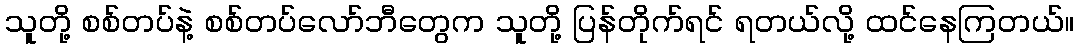
သူတို့ စစ်တပ်နဲ့ စစ်တပ်လော်ဘီတွေက သူတို့ ပြန်တိုက်ရင် ရတယ်လို့ ထင်နေကြတယ်။